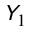
\mathsfit { Y } _ { 1 }